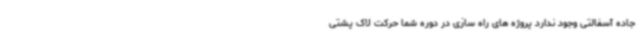
جاده آسفالتی وجود ندارد پروژه های راه سازی در دوره شما حرکت لاک پشتی